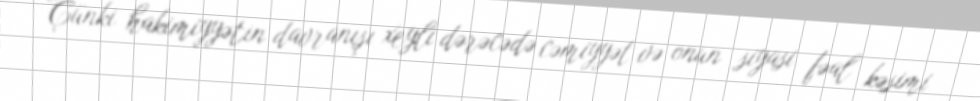
Çünki hakimiyyətin davranışı xeyli dərəcədə cəmiyyət və onun siyasi fəal kəsimi